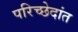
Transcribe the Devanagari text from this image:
परिच्छेदांत